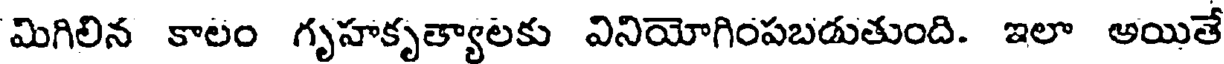
మిగిలిన కాలం గృహకృత్యాలకు వినియోగింపబడుతుంది. ఇలా అయితే